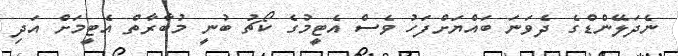
ނެދަލޭންޑްގެ ދެވަނަ ބައްޔަށްފަހު ވެސް އެޓީމުގެ ކޯޗު ބުނީ މުބާރާތް އެޓީމަށް އަދި